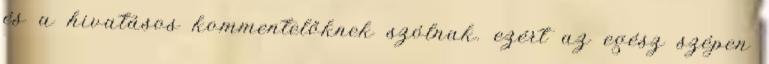
és a hivatásos kommentelőknek szólnak. ezért az egész szépen